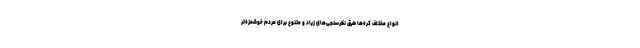
انواع مختلف کره‌ها طبق نظرسنجی‌های زیاد و متنوع برای مردم خوشمزه‌تر